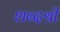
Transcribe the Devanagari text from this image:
शब्दश्री